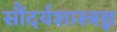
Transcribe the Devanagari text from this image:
सौंदर्यशास्त्रज्ञ